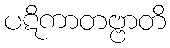
ပဋိကာတဗ္ဗာတိ